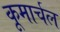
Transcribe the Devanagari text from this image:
कूमार्चल